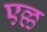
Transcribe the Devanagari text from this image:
एल्ल